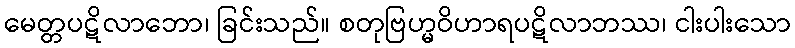
မေတ္တပဋိလာဘော၊ ခြင်းသည်။ စတုဗြဟ္မဝိဟာရပဋိလာဘဿ၊ ငါးပါးသော